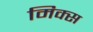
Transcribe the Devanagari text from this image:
मिक्‍स